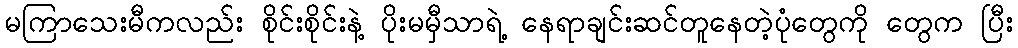
မကြာသေးမီကလည်း စိုင်းစိုင်းနဲ့ ပိုးမမှီသာရဲ့ နေရာချင်းဆင်တူနေတဲ့ပုံတွေကို တွေက ပြီး